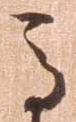
馬